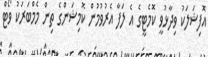
އޮފިޝަލަކު ވިދާޅުވީ ކޮމެޓީގެ އެ ލަފާ އެރުވުމުން ކޮމިޝަންގެ ތިން މެމްބަރަކު ވޯޓް